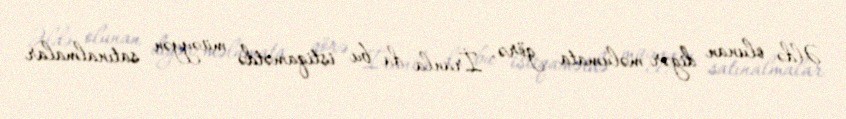
Əldə olunan digər məlumata görə, İranla da bu istiqamətdə müəyyən satınalmalar